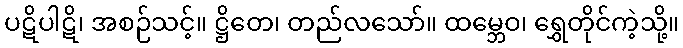
ပဋိပါဋိ၊ အစဉ်သင့်။ ဋ္ဌိတေ၊ တည်လသော်။ ထမ္ဘေဝ၊ ရွှေတိုင်ကဲ့သို့။